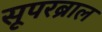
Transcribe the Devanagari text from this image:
सूपरब्राल